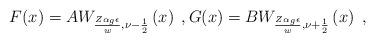
LaTeX: \begin{align*}F(x)=AW_{\frac{Z\alpha_g \epsilon }{w},\nu -\frac{1}{2}}\left( x\right)\;,\bigskip G(x)=BW_{\frac{Z\alpha_g \epsilon }{w},\nu +\frac{1}{2}}\left(x\right)\;,\end{align*}